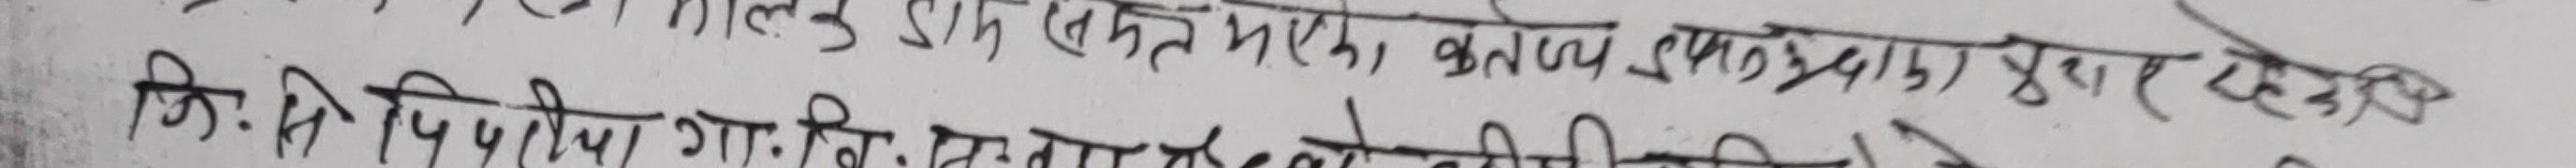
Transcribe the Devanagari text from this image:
कि.सि. विपिया गा.वि.मा.को नितीय दिन के